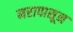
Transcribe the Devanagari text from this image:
नरापासून